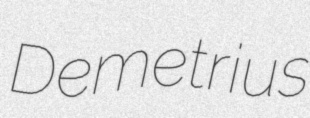
Demetrius